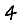
Digit: 4